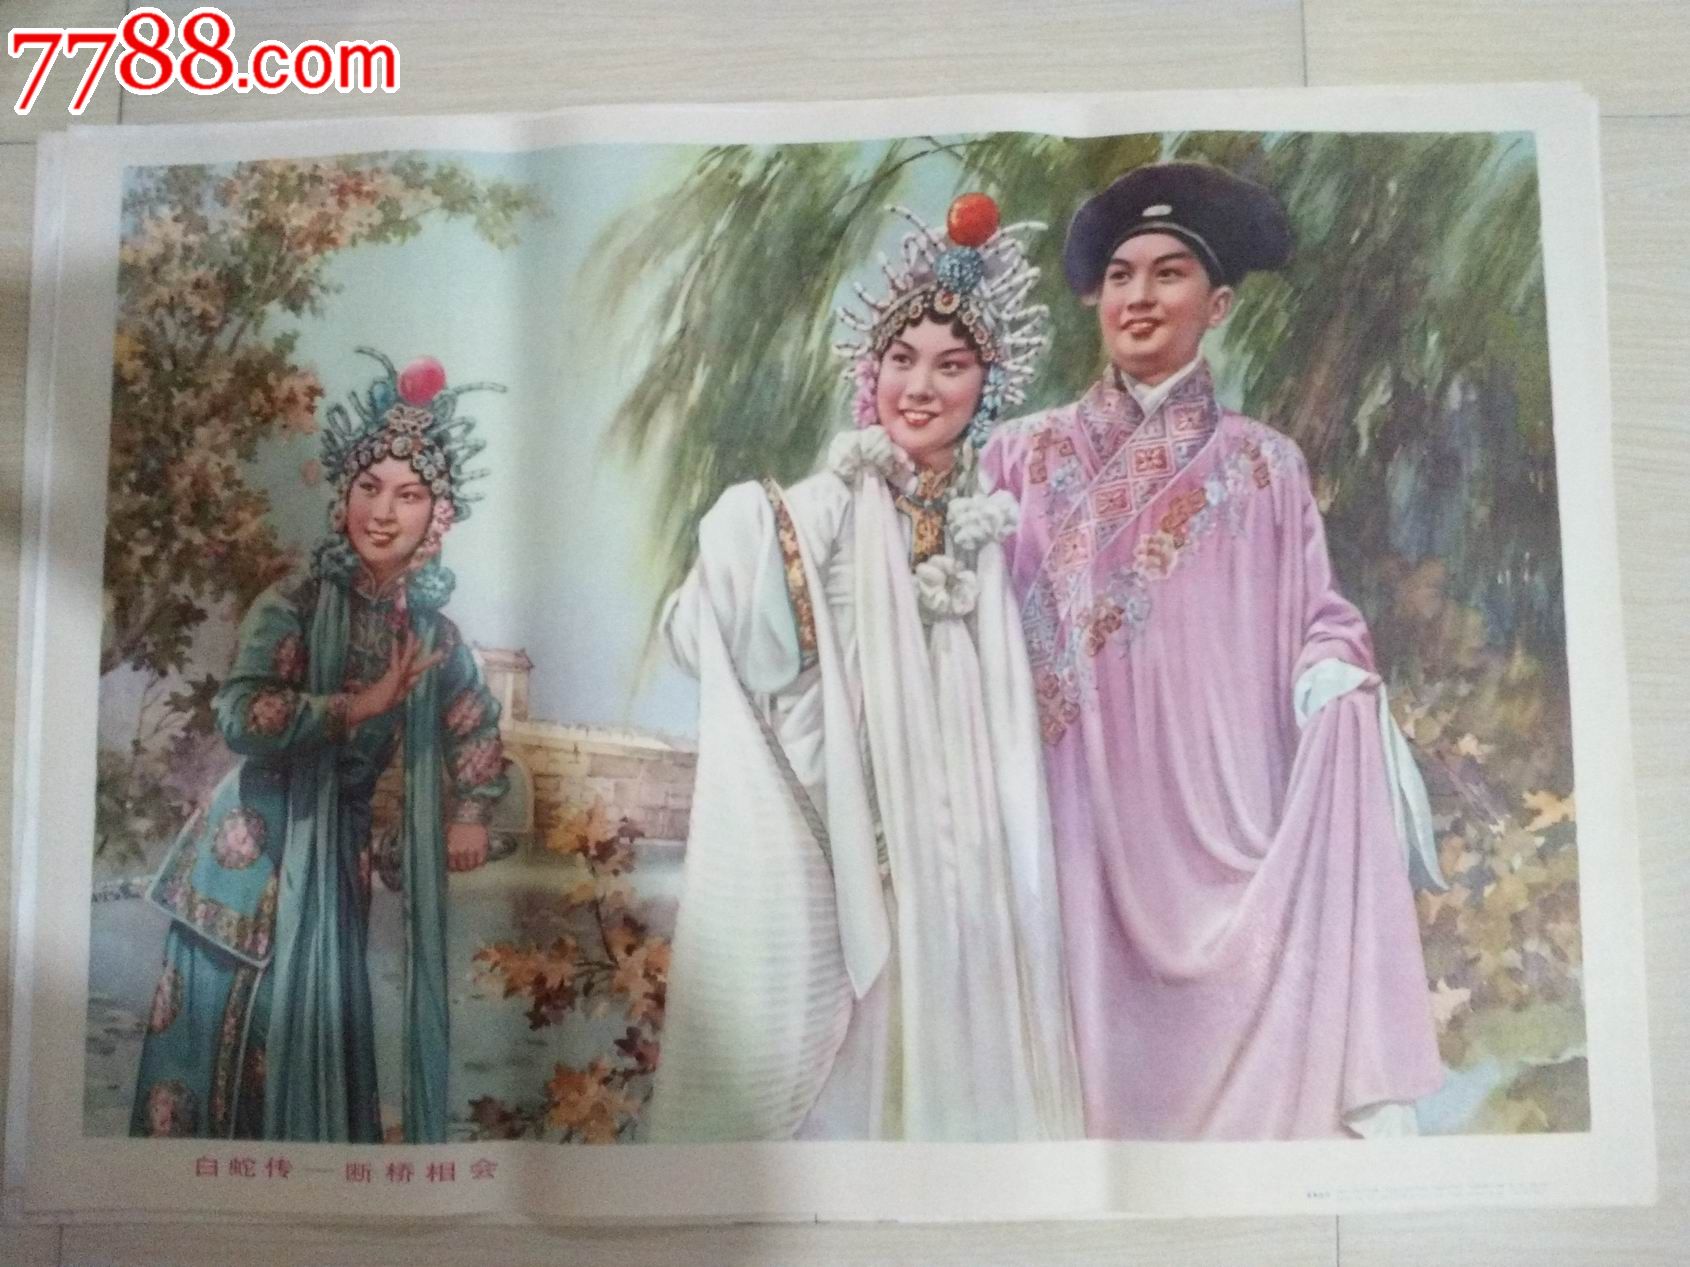
郎到断桥须有路，侬住处，柳如金。